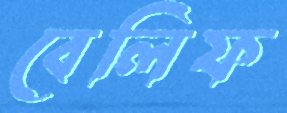
বেলিফ